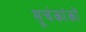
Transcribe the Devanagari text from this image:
सूचंकांकों